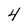
Character: 4